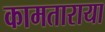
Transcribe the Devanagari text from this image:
कामताराया